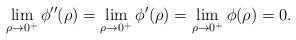
LaTeX: \begin{align*}\lim_{\rho\rightarrow 0^+}\phi''(\rho)=\lim_{\rho\rightarrow 0^+}\phi'(\rho)=\lim_{\rho\rightarrow 0^+}\phi(\rho)=0.\end{align*}